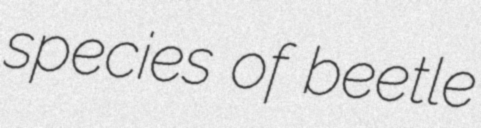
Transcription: species of beetle